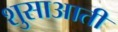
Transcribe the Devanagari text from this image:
शुसाआती